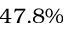
4 7 . 8 \%